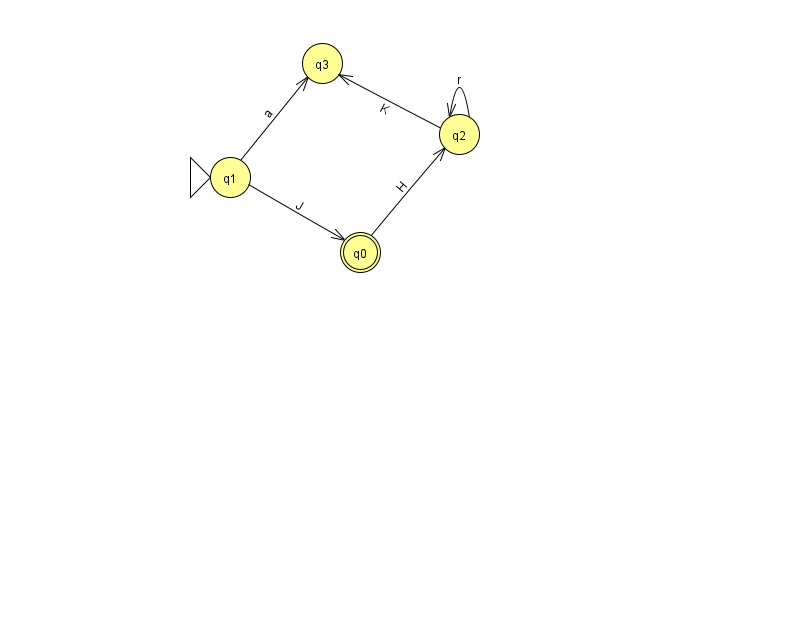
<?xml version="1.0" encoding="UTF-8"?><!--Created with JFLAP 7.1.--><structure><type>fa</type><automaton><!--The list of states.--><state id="0" name="q0"><x>360.0</x><y>239.0</y><final/></state><state id="1" name="q1"><x>230.0</x><y>164.0</y><initial/></state><state id="2" name="q2"><x>459.0</x><y>121.0</y></state><state id="3" name="q3"><x>322.0</x><y>50.0</y></state><!--The list of transitions.--><transition><from>2</from><to>2</to><read>r</read></transition><transition><from>0</from><to>2</to><read>H</read></transition><transition><from>1</from><to>3</to><read>a</read></transition><transition><from>2</from><to>3</to><read>K</read></transition><transition><from>1</from><to>0</to><read>J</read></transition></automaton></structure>